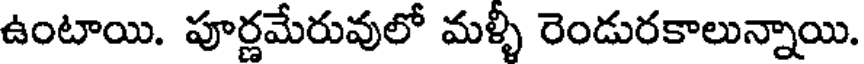
ఉంటాయి. పూర్ణమేరువులో మళ్ళీ రెండురకాలున్నాయి.